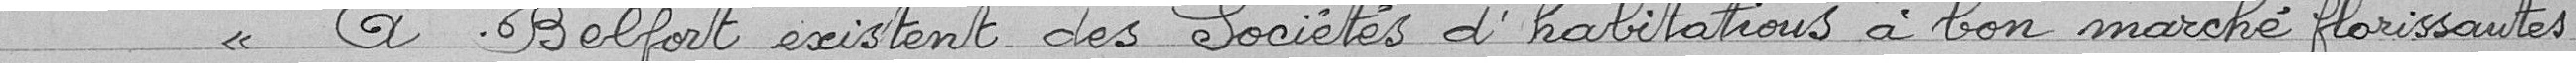
" A Belfort existent des sociétés d'habitations à bon marché florissantes :